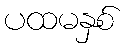
ပထမနှစ်